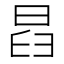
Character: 𣆵